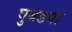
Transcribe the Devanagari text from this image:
घुबडया